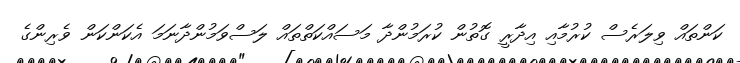
ކަންތައް ވިލަރެސް ކުރުމާއި އިދާރީ ގޮތުން ކުރަމުންދާ މަސައްކަތްތައް ލަސްވަމުންދާނަމަ އެކަންކަން ވެރިންގެ